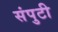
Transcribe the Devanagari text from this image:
संपुटी